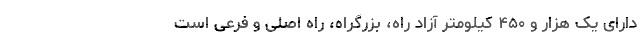
دارای یک هزار و ۴۵۰ کیلومتر آزاد راه، بزرگراه، راه اصلی و فرعی است